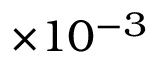
\times 1 0 ^ { - 3 }